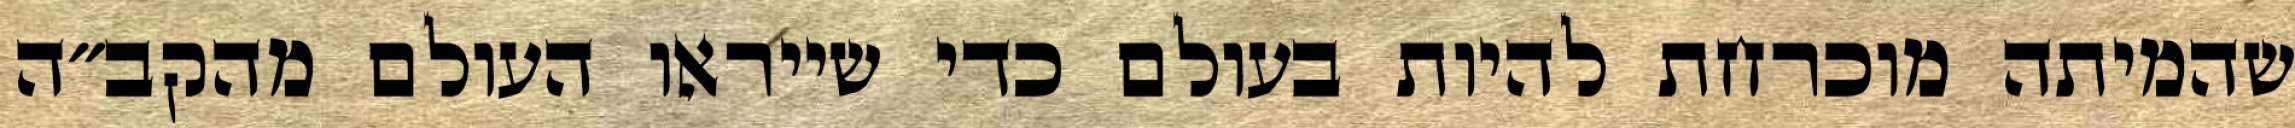
שהמיתה מוכרחת להיות בעולם כדי שייראו העולם מהקב״ה